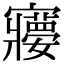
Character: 𡫽